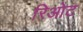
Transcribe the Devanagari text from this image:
रिओट